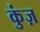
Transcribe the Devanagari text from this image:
कुंज़